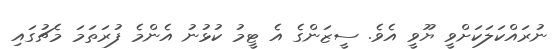
ނުރައްކަލަކަށްވީ ޔޫވީ އެވެ. ސީޒަންގެ އެ ޓީމު ކުޅުނު އެންމެ ފުރަތަމަ މެޗުގައި